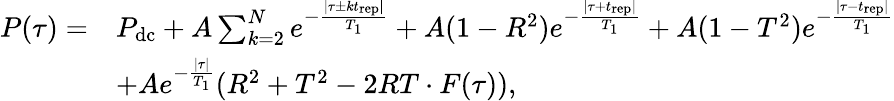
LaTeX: \begin{array}{rl}{P(\tau)=}&{P_{\mathrm{dc}}+A\sum_{k=2}^{N}{e^{-\frac{|\tau\pm kt_{\mathrm{rep}}|}{T_{1}}}}+A(1-R^{2})e^{-\frac{|\tau+t_{\mathrm{rep}}|}{T_{1}}}+A(1-T^{2})e^{-\frac{|\tau-t_{\mathrm{rep}}|}{T_{1}}}}\\ &{+Ae^{-\frac{|\tau|}{T_{1}}}(R^{2}+T^{2}-2RT\cdot F(\tau)),}\end{array}